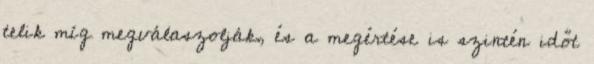
telik míg megválaszolják, és a megértése is szintén időt